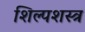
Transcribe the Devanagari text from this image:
शिल्पशस्त्र